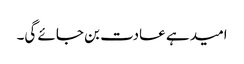
امید ہے عادت بن جائے گی۔